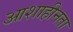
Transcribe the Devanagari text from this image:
आशाहीनता